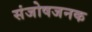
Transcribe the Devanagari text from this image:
संजोषजनक